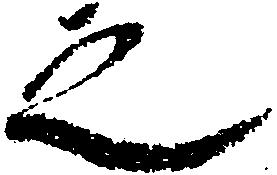
之